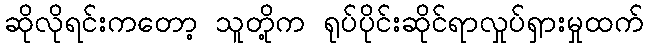
ဆိုလိုရင်းကတော့ သူတို့က ရုပ်ပိုင်းဆိုင်ရာလှုပ်ရှားမှုထက်